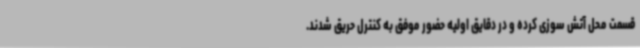
قسمت محل آتش سوزی کرده و در دقایق اولیه حضور موفق به کنترل حریق شدند.